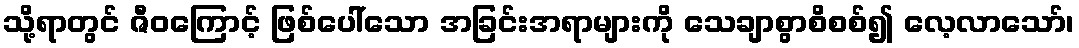
သို့ရာတွင် ဇီဝကြောင့် ဖြစ်ပေါ်သော အခြင်းအရာများကို သေချာစွာစိစစ်၍ လေ့လာသော်၊